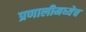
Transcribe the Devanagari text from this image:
प्रणालीमध्येच